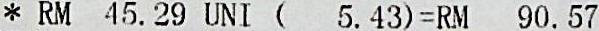
* RM 45.29 UNI (  5.43)=RM 90.57